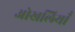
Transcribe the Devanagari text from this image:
ओखलियाँ